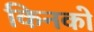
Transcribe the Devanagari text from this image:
किनको